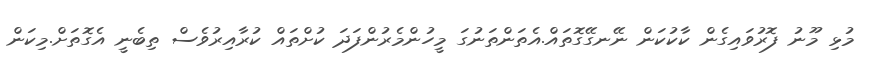
މުޅި މޫނު ފޮރުވައިގެން ކާކުކަން ނޭނގޭގޮތައް.އެތަންތަނުގަ މީހުންމެެރުންފަދަ ކުށްތައް ކުރާއިރުވެސް ތިބެނީ އެގޮތަށް.މިކަން